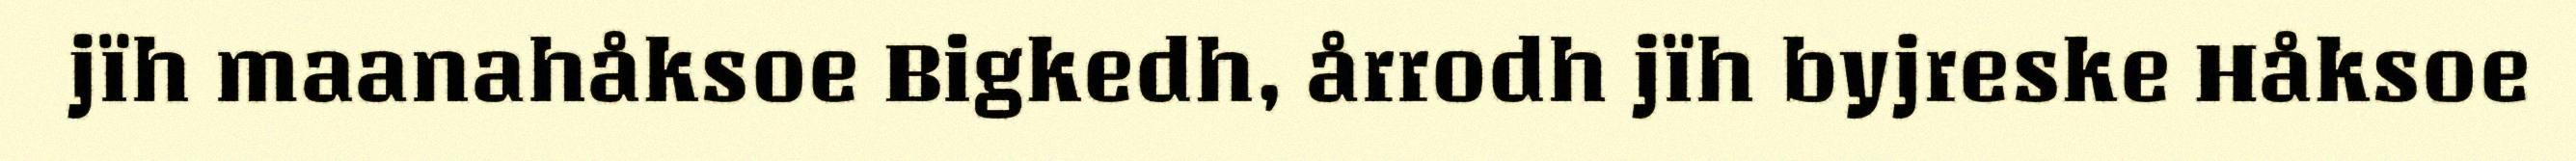
jïh maanahåksoe Bigkedh, årrodh jïh byjreske Håksoe